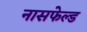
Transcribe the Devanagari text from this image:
नासफेल्ड